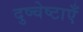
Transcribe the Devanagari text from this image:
दुष्चेष्टाएँ